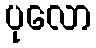
ပုလော